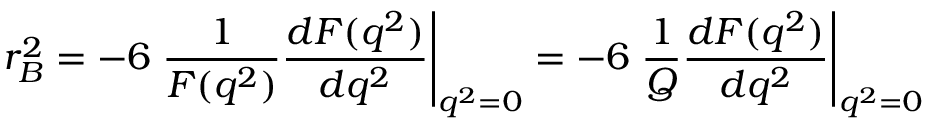
r _ { B } ^ { 2 } = - 6 \left. \frac { 1 } { F ( q ^ { 2 } ) } \frac { d F ( q ^ { 2 } ) } { d q ^ { 2 } } \right| _ { q ^ { 2 } = 0 } = - 6 \left. \frac { 1 } { Q } \frac { d F ( q ^ { 2 } ) } { d q ^ { 2 } } \right| _ { q ^ { 2 } = 0 }